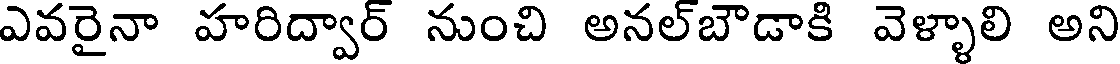
ఎవరైనా హరిద్వార్ నుంచి అనల్బౌడాకి వెళ్ళాలి అని